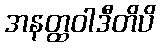
အနတ္ထဝါဒီတိပိ